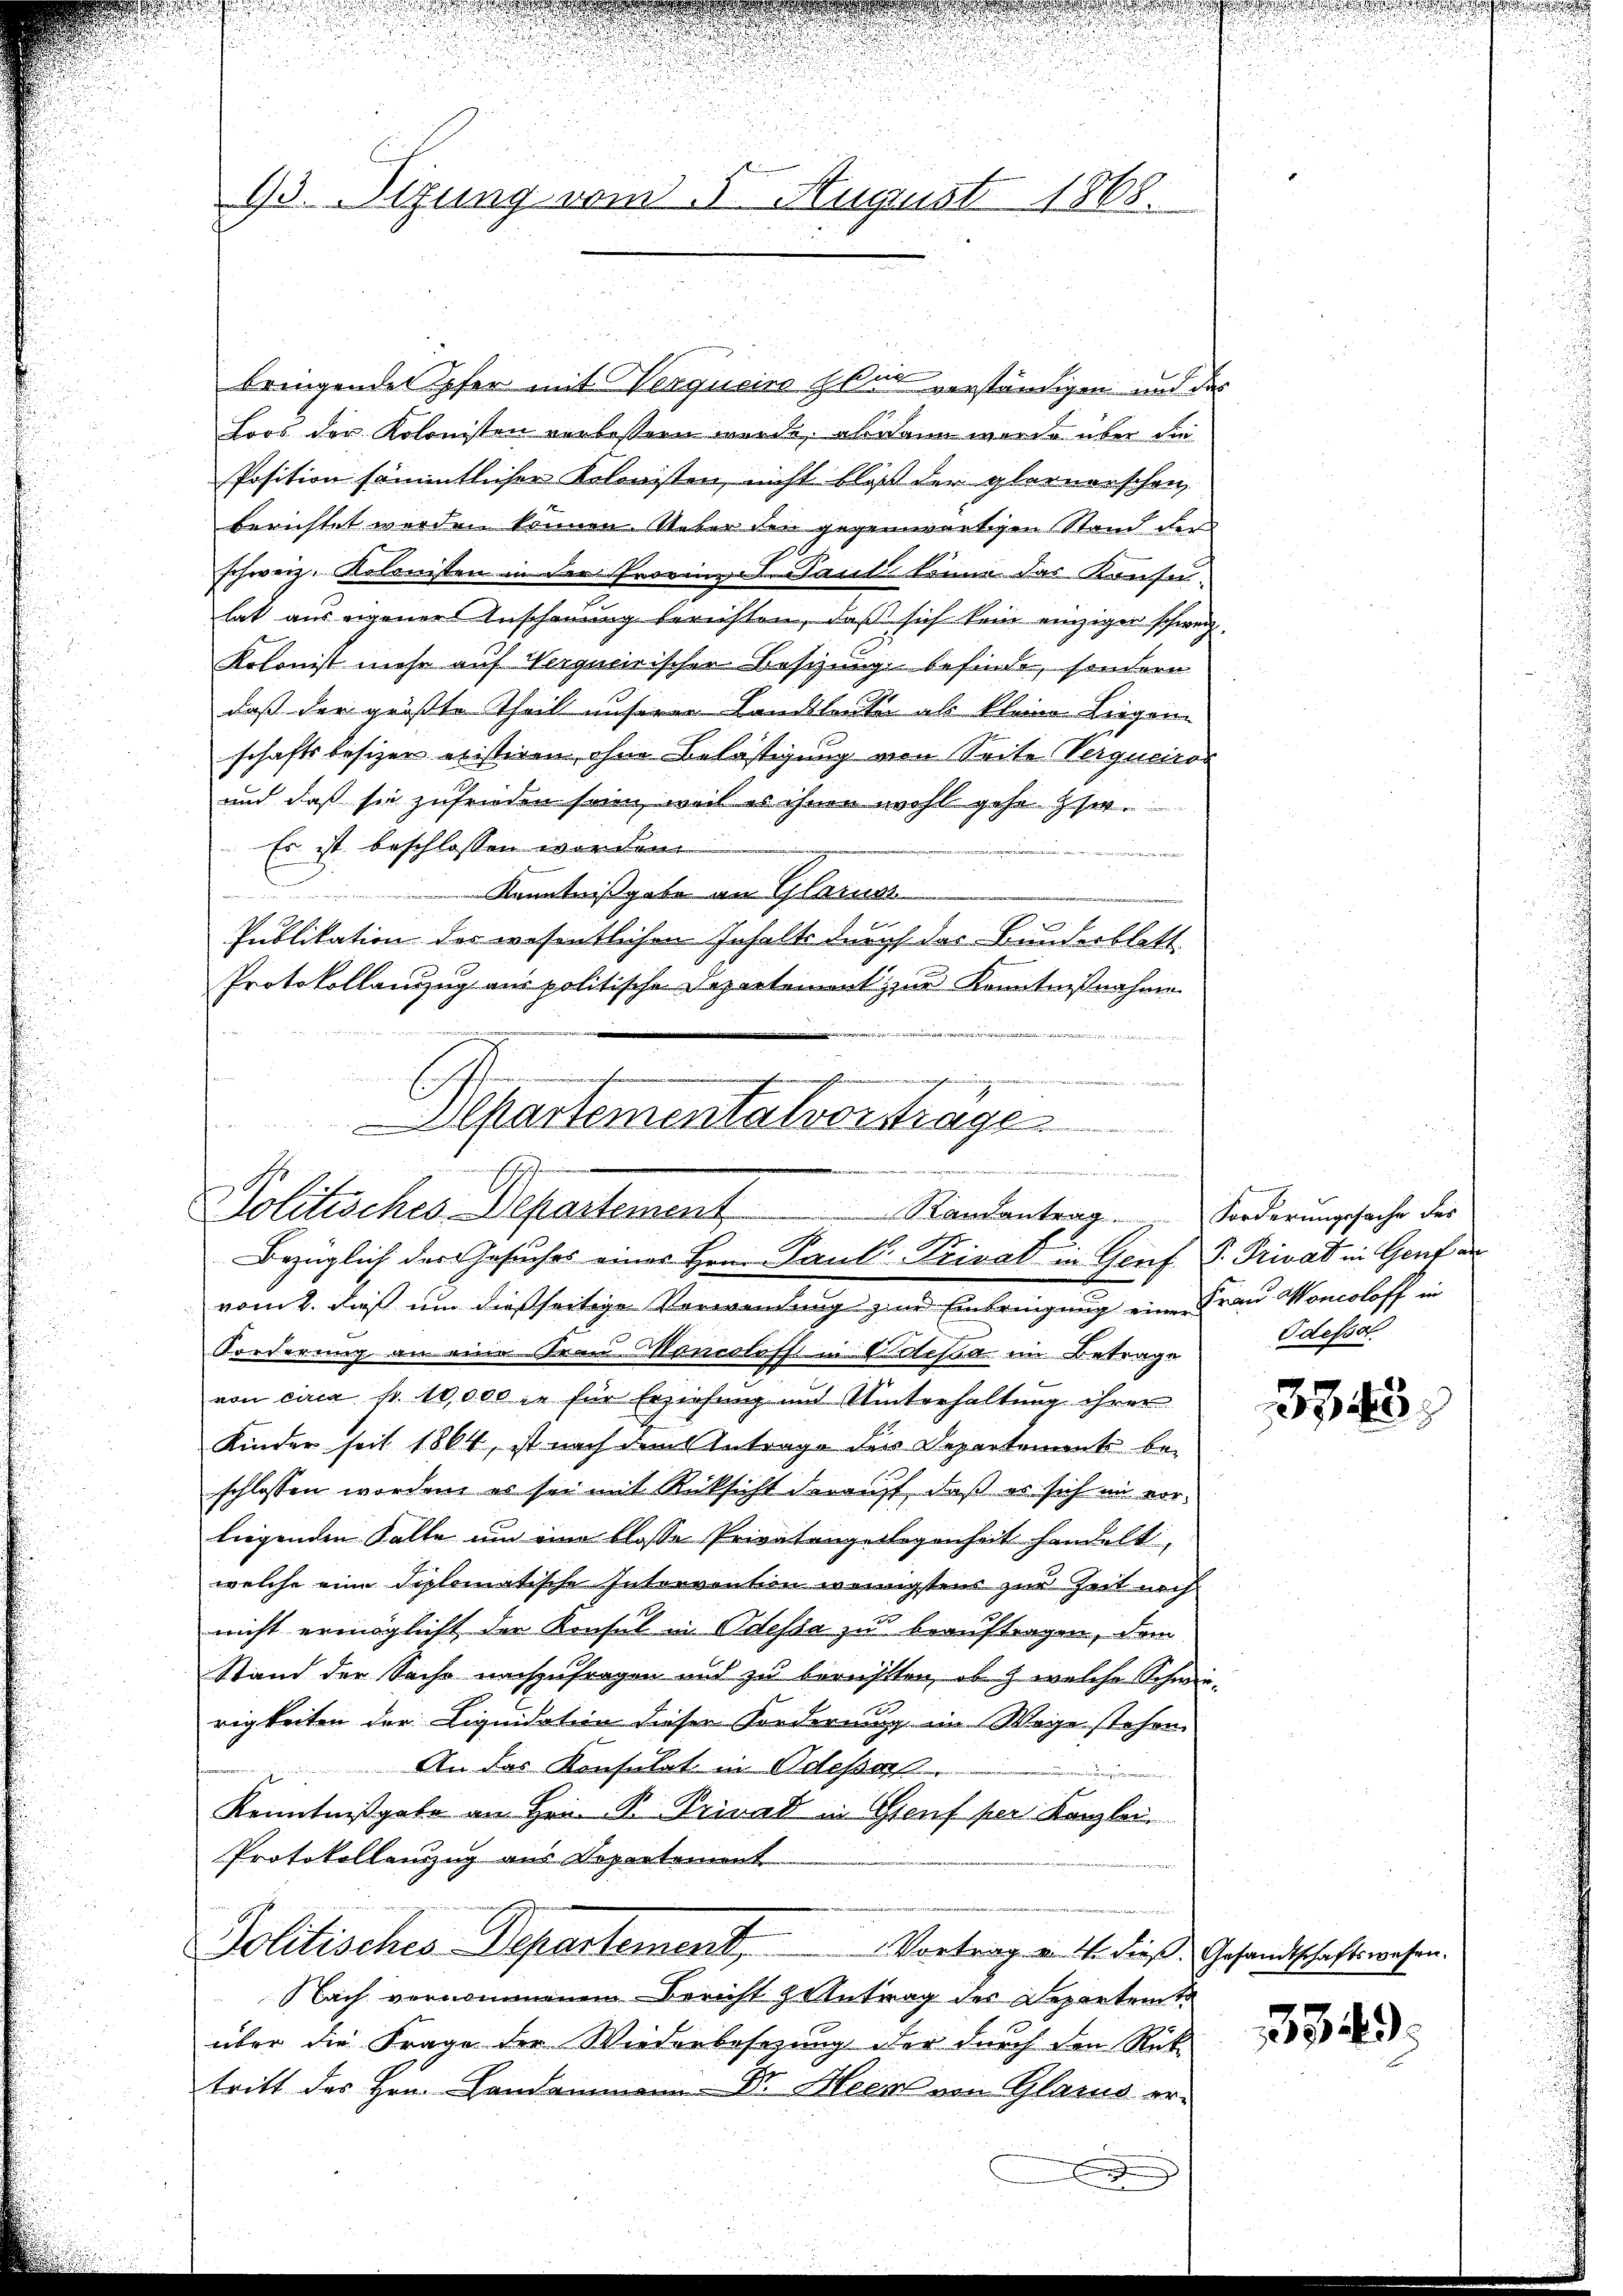
.
i
93. Sizung vom 5. August 1868.

bringende Opfer mit Verqueiro Eben verständigen und das
Loos der Kolonisten verbessern wurde, ab dann wurde über die
Position sämmtlicher Kolonisten, nicht bloß der glernerschen
berichtet werden können. Ueber den gegenwärtigen Stand der
schweiz. Kolonisten in der Proriums Baute könne das Konsu-
lat aus eigeners Anschauung berichten, daß sich kein einziger schweiz.
Kolonist mehr auf Vergucirischer Besizung befinde, sondern
daß der größte Theil unserer Landsleute als kleine Liegen
schaftsbesizer existiren ohne Belästigung von Seite Vergucicos
und daß sie zufrieden seien, weil es ihnen wohl gehe st
Es ist beschlossen worden.

.
Kenntnißgabe an Glarus
Publikation der wesentlichen Inhalte durch das Bundesblatt
Protokollanzzug aus politische Departement zur Kenntnißnahme
vom 2. daß um dießseitige Verwendung zum Einbringung eine Frau Woncoloff in
Forderung an eine Frau Mancoloff in Polessa im Betrage
von circa Fr. 10,000 in für Erziehung und Unterhaltung ihrer
Kinder seit 1864, ist nach dem Antrage der Departement be-
schlossen worden, es sei mit Rücksicht darauf, daß es sich im vorliegenden Falle um eine blosse Privatengelegenheit handelt,
welche eine diplomatische Intervention wenigstens zur Zeit noch
nicht ermöglicht der Konsul in Odessa zu beauftragen, dem
Stand der Sache nachzufragen und zu berühlten, ob & welche Schwie-
rigkeiten der Liquidation diesen Forderung im Wege stehen
An das Konsulat in Odesser
Kenntnißgabe an Hrn. P. Privat in Genf per Kanzlei
Protokollanzug aus Departement
Politisches-Departement. Vortrag an. 14. dieß. Gesandtschaftswesen.
Nach vernommenen Bericht zentrag des Departent
über die Frage der Wiederbesezung der durch den Rüktritt des Hrn. Handammann Dr. Heer von Glarus er¬

e
h
i
hartementalvorsträge

Politisches Departement                     Randantrag Forderungssache des
Bezüglich der Gesuches eines Hrn. Paul Privat in Genf P. Privat in Genf an

Odessel

3843.

1349.